Leningradi_Edasi_toimetus, lk 9
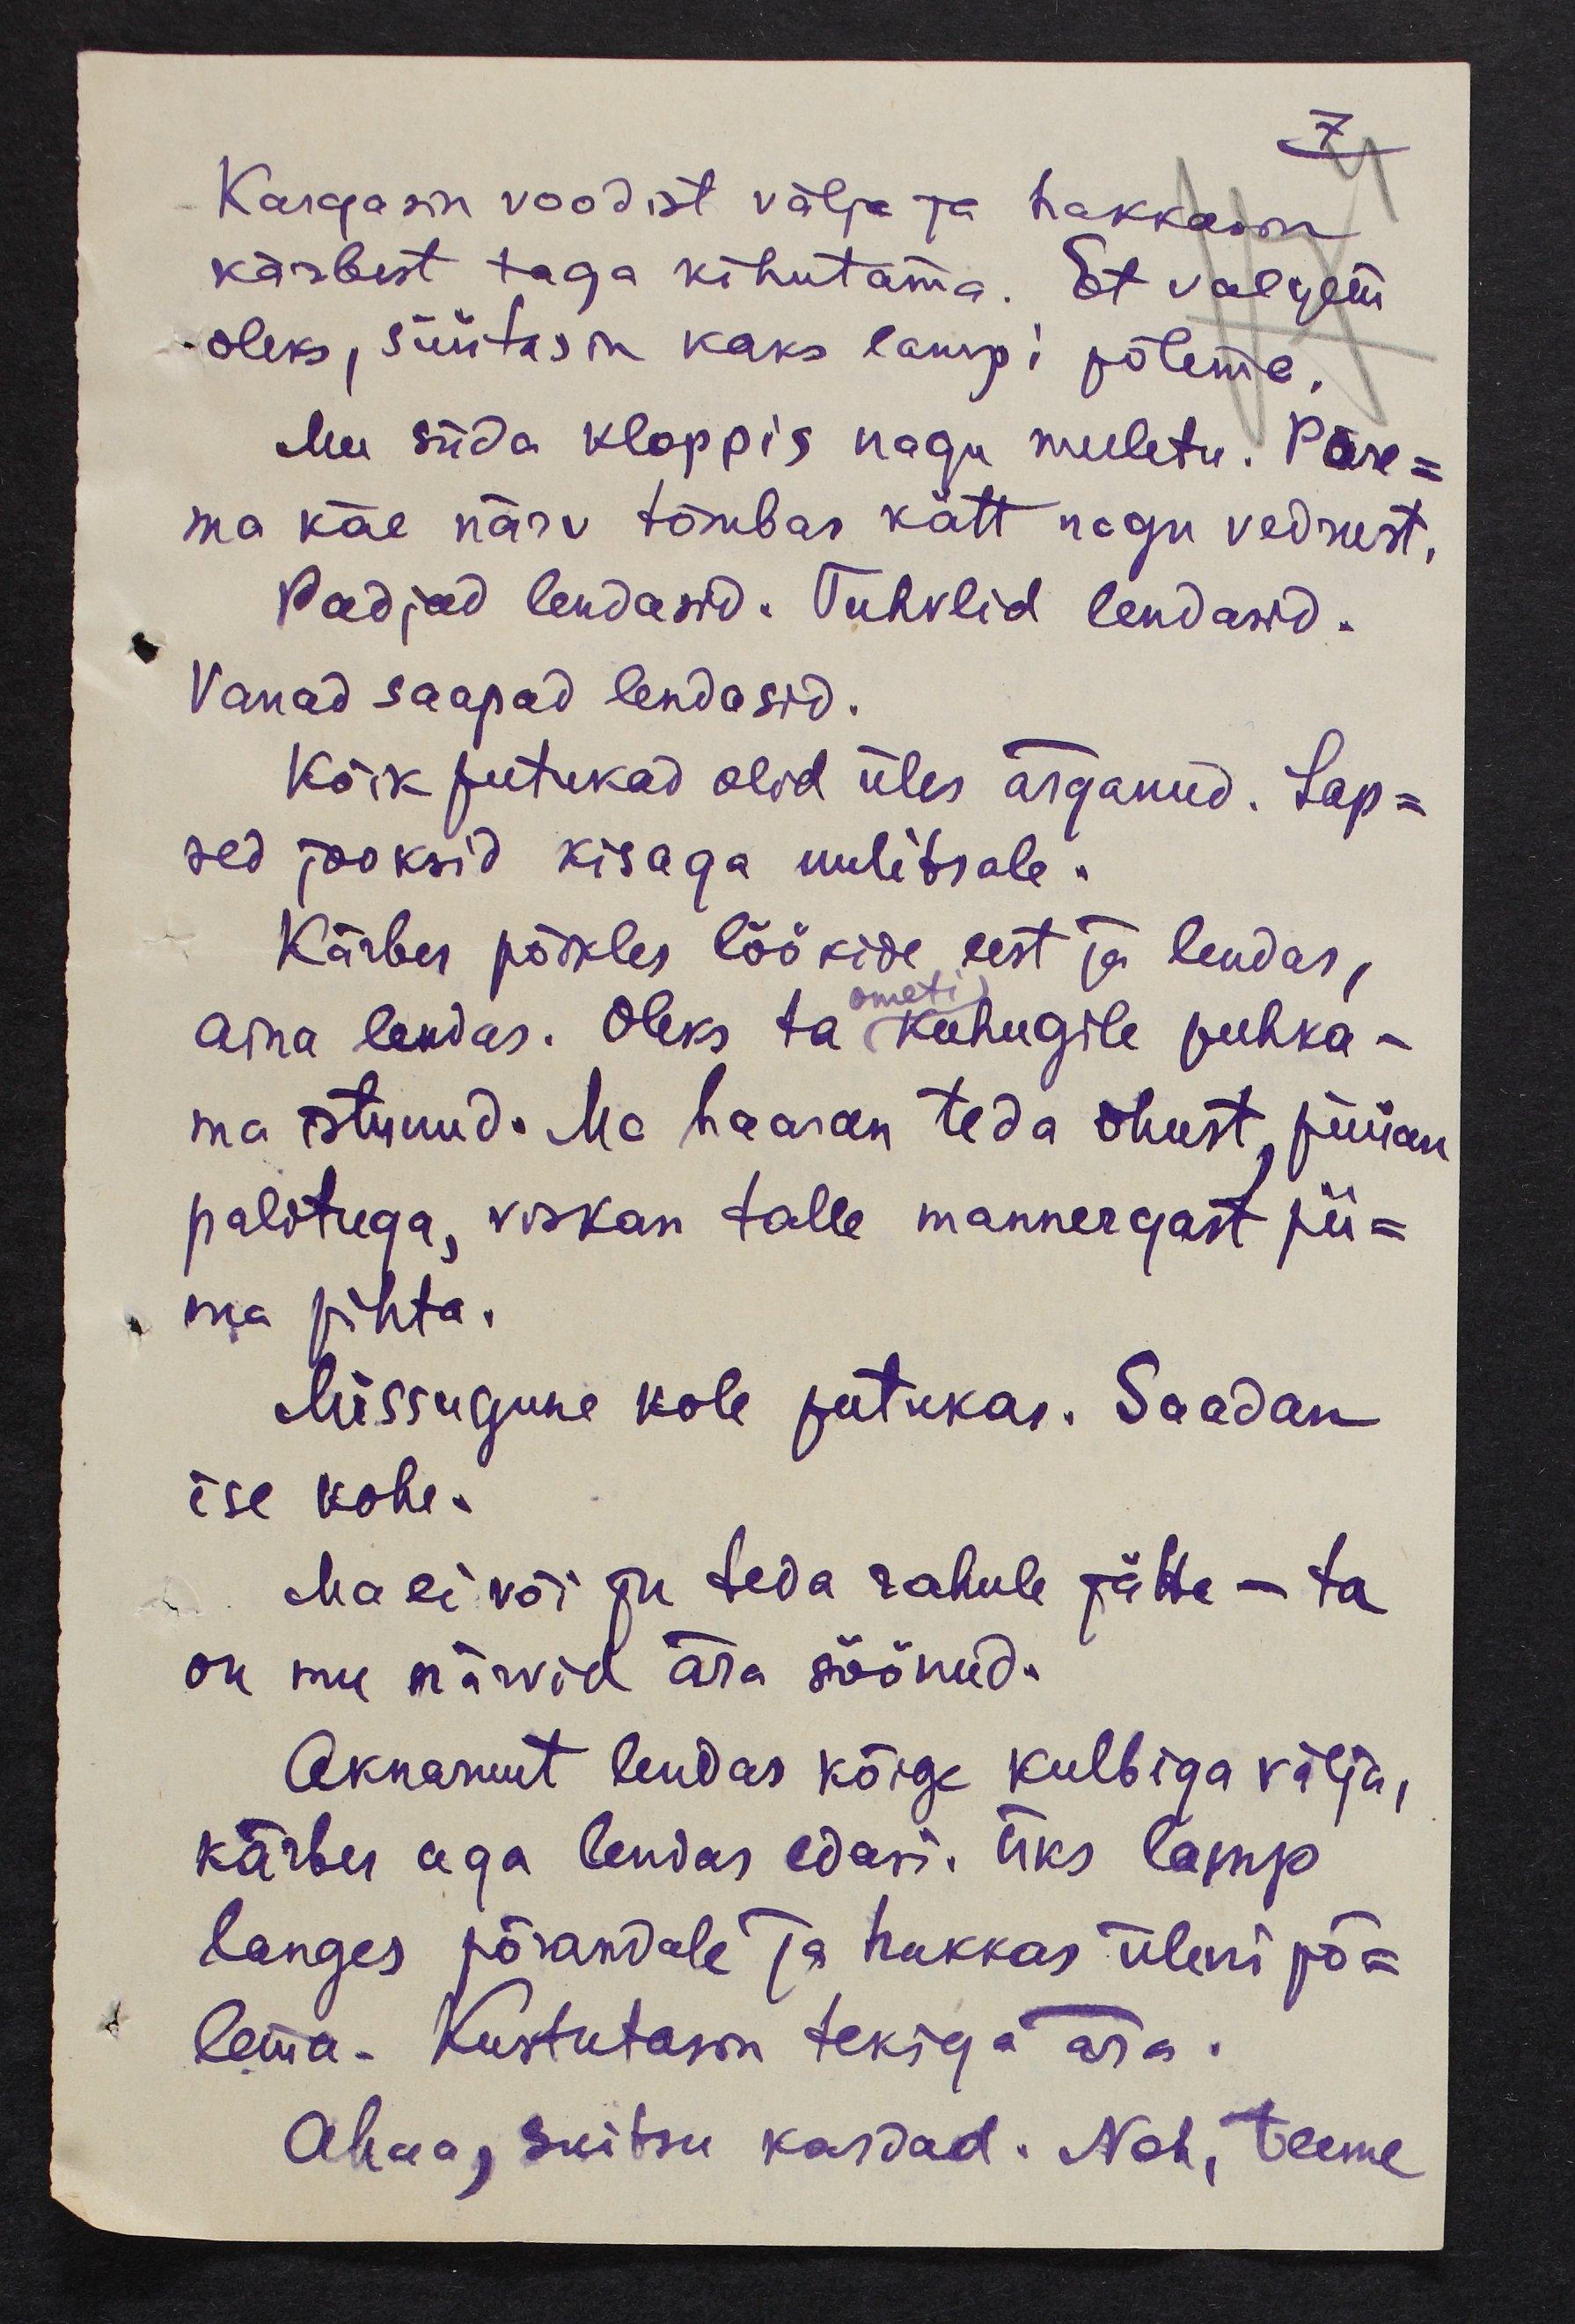
7
Kargasin voodist välja ja hakkasin
kärbest taga kihutama. Et valgem
oleks, süütasin kaks lampi põlema
Mu süda kloppis nagu meeletu. Pare-
ma käe närv tõmbas kätt nagu vedrust,
padjad lendasid. Tuhvlid lendasid.
Vanad saapad lendasid.
kõik putukad olid üles ärganud. Lap-
sed jooksid kisaga uulitsale.
Kärbes põikles löökide eest ja lendas,
ometi.
aina lendas. Oleks ta kuhugile puhka-
ma istunud. Ma haaran teda õhust püüan
palituga, viskan talle mannergust pii-
ma pihta.
Missugune kole patukas. Saadan
ise kohe.
Ma ei või ju teda rahule jätta - ta
on mu närvid ära söönud.
Aknaruut lendas kõige kulbiga välja,
kärbes aga lendas edasi. Üks lamp
langes põrandale ja hakkas üleni pö-
lema. Kustutasin tekiga ära.
Ahaa, suitsu kardad. Noh, teeme